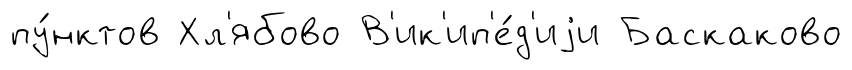
пу́нктов Хл'ябово В'ик'ип'е́д'иjи Баскаково